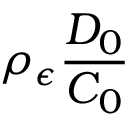
\rho _ { \epsilon } \frac { D _ { 0 } } { C _ { 0 } }